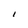
Character: I